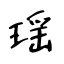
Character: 瑶